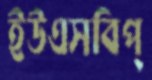
ইউএসবিপ্